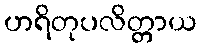
ဟရိတုပလိတ္တာယ